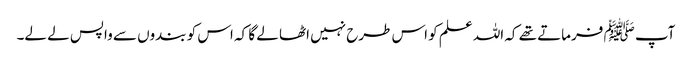
آپ ﷺ فرماتے تھے کہ اللہ علم کو اس طرح نہیں اٹھا لے گا کہ اس کو بندوں سے واپس لے لے۔